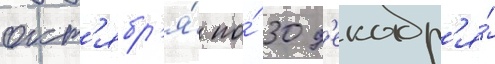
окт'ябр'я́ по́ 30 д'екабр'я́